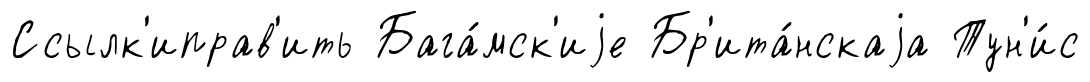
Ссылк'иправ'ить Бага́мск'иjе Бр'ита́нскаjа Тун'и́с